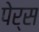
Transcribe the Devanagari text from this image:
पेर्स